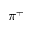
\pi ^ { + }